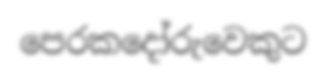
පෙරකදෝරුවෙකුට